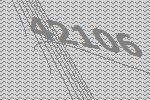
42106